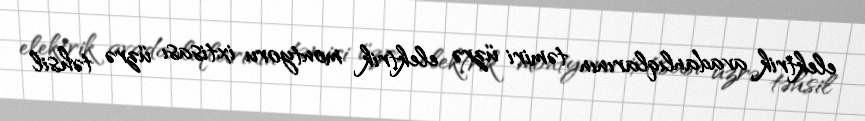
elektrik avadanlıqlarının təmiri üzrə elektrik montyoru ixtisası üzrə təhsil